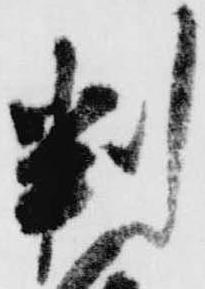
判